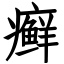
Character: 癣